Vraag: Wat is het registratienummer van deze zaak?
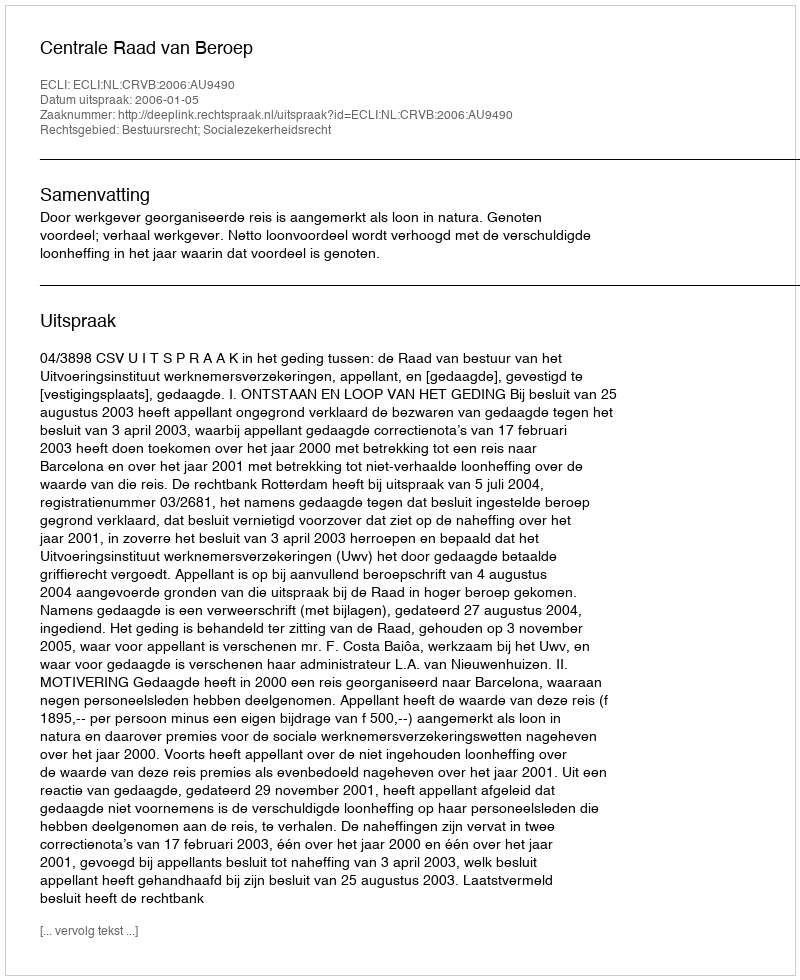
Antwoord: http://deeplink.rechtspraak.nl/uitspraak?id=ECLI:NL:CRVB:2006:AU9490